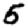
Digit: 5